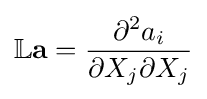
\mathbb {L} {\mathbf {a}}={\dfrac {\partial ^{2}a_{i}}{\partial X_{j}\partial X_{j}}}